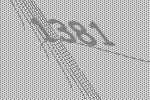
1381